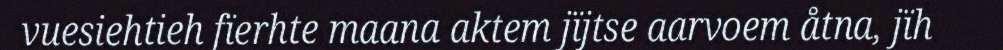
vuesiehtieh fïerhte maana aktem jïjtse aarvoem åtna, jïh